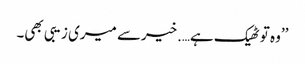
’’وہ تو ٹھیک ہے….خیرسے میری زیبی بھی۔